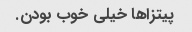
پیتزاها خیلی خوب بودن.